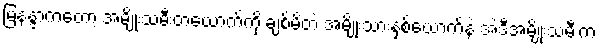
မြနန္ဒာကတော့ အမျိုးသမီးတယောက်ကို ချစ်မိတဲ့ အမျိုးသားနှစ်ယောက်နဲ့ အဲဒီအမျိုးသမီးက